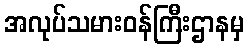
အလုပ်သမားဝန်ကြီးဌာနမှ